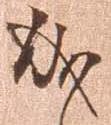
成